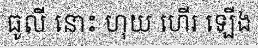
ធូលី នោះ ហុយ ហើរ ឡើង